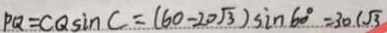
P Q = C Q \sin C = ( 6 0 - 2 0 \sqrt { 3 } ) \sin 6 0 ^ { \circ } = 3 0 ( \sqrt { 3 }